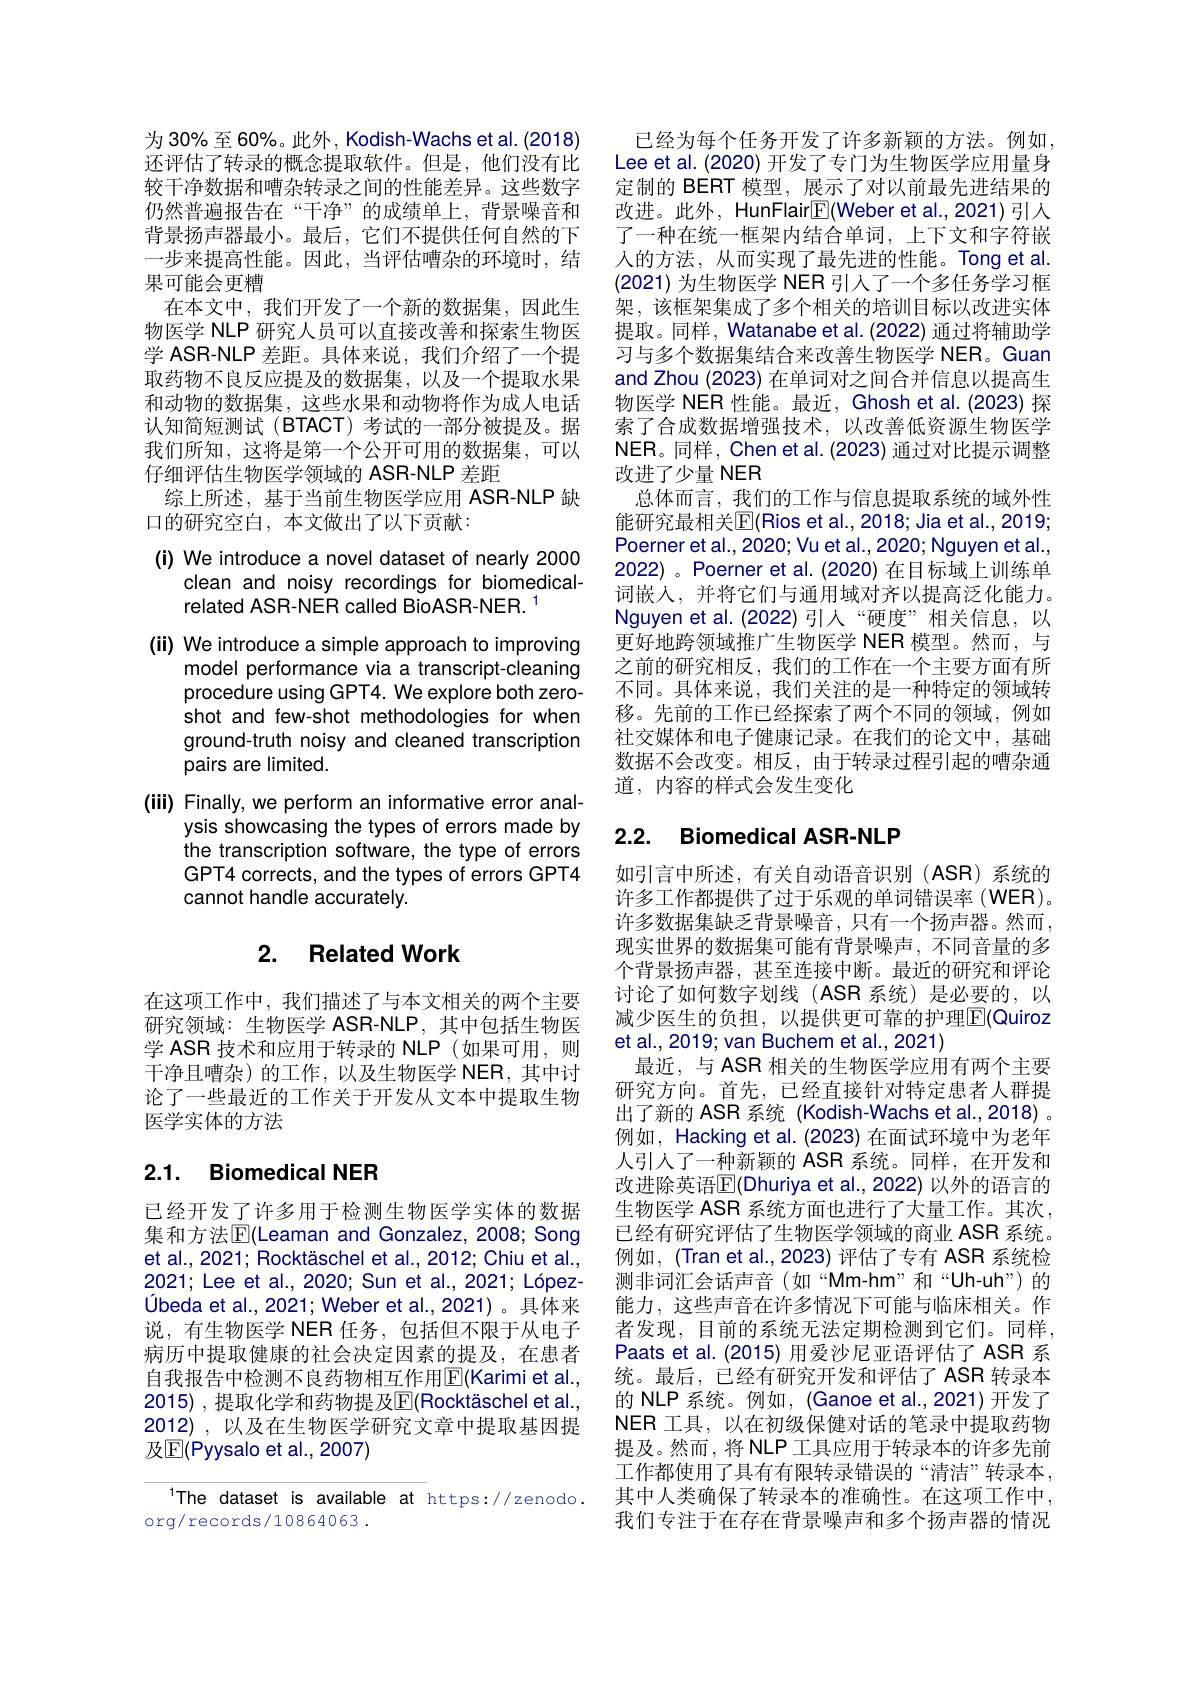
为30%至60%。此外，Kodish-Wachs et al.(2018) 还评估了转录的概念提取软件。但是，他们没有比较干净数据和嘈杂转录之间的性能差异。这些数字仍然普遍报告在“干净”的成绩单上，背景噪音和背景扬声器最小。最后，它们不提供任何自然的下一步来提高性能。因此，当评估嘈杂的环境时，结果可能会更糟
在本文中，我们开发了一个新的数据集，因此生物医学 NLP 研究人员可以直接改善和探索生物医学 ASR-NLP 差距。具体来说，我们介绍了一个提取药物不良反应提及的数据集，以及一个提取水果和动物的数据集，这些水果和动物将作为成人电话认知简短测试(BTACT)考试的一部分被提及。据我们所知，这将是第一个公开可用的数据集，可以仔细评估生物医学领域的 ASR-NLP 差距
综上所述，基于当前生物医学应用 ASR-NLP 缺
口的研究空白，本文做出了以下贡献：
(i) We introduce a novel dataset of nearly 2000
clean and noisy recordings for biomedical-
related ASR-NER called BioASR-NER. 1
(ii) We introduce a simple approach to improving
model performance via a transcript-cleaning procedure using GPT4. We explore both zeroshot and few-shot methodologies for when ground-truth noisy and cleaned transcription pairs are limited.
(iii) Finally, we perform an informative error anal-
ysis showcasing the types of errors made by the transcription software, the type of errors GPT4 corrects, and the types of errors GPT4 cannot handle accurately.

## 2. Related Work

在这项工作中，我们描述了与本文相关的两个主要研究领域：生物医学 ASR-NLP,其中包括生物医学 ASR 技术和应用于转录的 NLP(如果可用，则干净且嘈杂)的工作，以及生物医学 NER,其中讨论了一些最近的工作关于开发从文本中提取生物医学实体的方法

## 2.1. Biomedical NER

已经开发了许多用于检测生物医学实体的数据集和方法$\mathbb{E}($Leaman and Gonzalez, 2008; Song et al., 2021; Rocktäschel et al., 2012; Chiu et al., 2021; Lee et al., 2020; Sun et al., 2021; LópezÚbeda et al., 2021; Weber et al., 2021)。具体来说，有生物医学 NER 任务，包括但不限于从电子病历中提取健康的社会决定因素的提及，在患者自我报告中检测不良药物相互作用$\operatorname{E}($Karimi et al., 2015) , 提取化学和药物提及$\underline{\mathrm{E}}($Rocktäschel et al., 2012),以及在生物医学研究文章中提取基因提及$\mathbb{E}($Pyysalo et al., 2007)

The dataset is available at https://zenodo.
org/records/10864063 .

已经为每个任务开发了许多新颖的方法。例如， Lee et al. (2020) 开发了专门为生物医学应用量身定制的 BERT 模型，展示了对以前最先进结果的改进。此外，HunFlair$\boxed{\mathrm{E}}($Weber et al.,2021)引入了一种在统一框架内结合单词，上下文和字符嵌人的方法，从而实现了最先进的性能。Tong et al. (2021)为生物医学 NER 引人了一个多任务学习框架，该框架集成了多个相关的培训目标以改进实体提取。同样，Watanabe et al. (2022) 通过将辅助学习与多个数据集结合来改善生物医学 NER。Guan and Zhou (2023) 在单词对之间合并信息以提高生物医学 NER 性能。最近，Ghosh et al.(2023) 探索了合成数据增强技术，以改善低资源生物医学NER。同样，Chen et al. (2023) 通过对比提示调整改进了少量 NER
总体而言，我们的工作与信息提取系统的域外性能研究最相关$\overline{\mathbb{E}}($Rios et al., 2018; Jia et al., 2019; Poerner et al., 2020; Vu et al., 2020; Nguyen et al., 2022)。Poerner et al.(2020) 在目标域上训练单词嵌入，并将它们与通用域对齐以提高泛化能力。Nguyen et al.(2022)引人“硬度”相关信息，以更好地跨领域推广生物医学 NER 模型。然而，与之前的研究相反，我们的工作在一个主要方面有所不同。具体来说，我们关注的是一种特定的领域转移。先前的工作已经探索了两个不同的领域，例如社交媒体和电子健康记录。在我们的论文中，基础数据不会改变。相反，由于转录过程引起的嘈杂通道，内容的样式会发生变化

# 2.2. Biomedical ASR-NLP

如引言中所述，有关自动语音识别(ASR)系统的许多工作都提供了过于乐观的单词错误率 (WER)。许多数据集缺乏背景噪音，只有一个扬声器。然而， 现实世界的数据集可能有背景噪声，不同音量的多个背景扬声器，甚至连接中断。最近的研究和评论讨论了如何数字划线(ASR 系统)是必要的，以减少医生的负担，以提供更可靠的护理$\overline{\mathrm{E}}($Quiroz et al., 2019; van Buchem et al., 2021)
最近，与 ASR 相关的生物医学应用有两个主要研究方向。首先，已经直接针对特定患者人群提出了新的 ASR 系统 (Kodish-Wachs et al.,2018) 。例如，Hacking et al. (2023) 在面试环境中为老年人引入了一种新颖的 ASR 系统。同样，在开发和改进除英语$\overline{\mathbb{E}}($Dhuriya et al., 2022) 以外的语言的生物医学 ASR 系统方面也进行了大量工作。其次， 已经有研究评估了生物医学领域的商业 ASR 系统。例如，(Tran et al.,2023) 评估了专有 ASR 系统检测非词汇会话声音(如“Mm-hm”和“Uh-uh”)的能力，这些声音在许多情况下可能与临床相关。作者发现，目前的系统无法定期检测到它们。同样， Paats et al.(2015)用爱沙尼亚语评估了ASR 系统。最后，已经有研究开发和评估了ASR转录本的 NLP 系统。例如，(Ganoe et al.,2021)开发了NER 工具，以在初级保健对话的笔录中提取药物提及。然而，将 NLP 工具应用于转录本的许多先前工作都使用了具有有限转录错误的“清洁”转录本， 其中人类确保了转录本的准确性。在这项工作中， 我们专注于在存在背景噪声和多个扬声器的情况